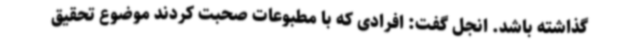
گذاشته باشد. انجل گفت: افرادی که با مطبوعات صحبت کردند موضوع تحقیق